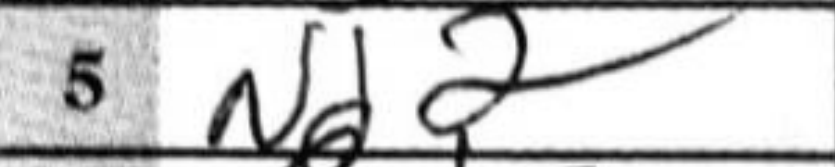
Transcription: Nd2